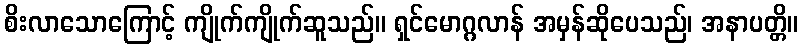
စိးလာသောကြောင့် ကျိုက်ကျိုက်ဆူသည်။ ရှင်မောဂ္ဂလာန် အမှန်ဆိုပေသည်၊ အနာပတ္တိ။